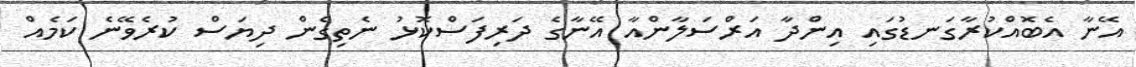
އޭނާ އެބޮއްކުރާގަނޑުގައި އިންދާ އަރްސަލާންއާ އޭނާގެ ދަރިފަސްކޮޅު ނެތިގެން ދިޔަސް ކުރެވޭނެ ކަމެއް